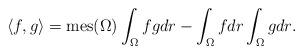
LaTeX: \begin{align*} \langle f,g \rangle = \mathrm{mes}(\Omega)\int_{\Omega}{fgdr} - \int_{\Omega}{fdr}\int_{\Omega}{gdr}.\end{align*}